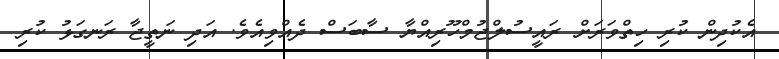
އެކުދިން ކުރި ހިތްވަރަށް ރައީސުލްޖުމްހޫރިއްޔާ ސާބަސް ދެއްވިއެވެ. އަދި ނަތީޖާ ރަނގަޅު ކުރި